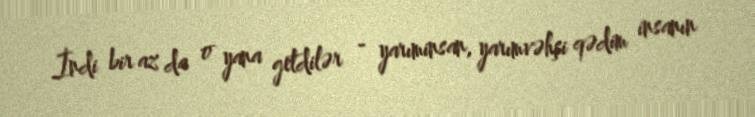
İndi bir az da o yana getdilər - yarıminsan, yarımvəhşi qədim insanın